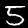
Label: 5